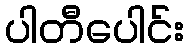
ပါတီပေါင်း